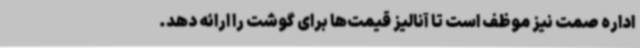
اداره صمت نیز موظف است تا آنالیز قیمت‌ها برای گوشت را ارائه دهد.